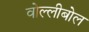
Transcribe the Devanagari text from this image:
वोल्लीबोल